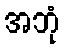
အဘုံ